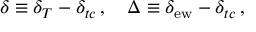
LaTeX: \delta \equiv \delta _ { T } - \delta _ { t c } \, , \quad \Delta \equiv \delta _ { \mathrm { e w } } - \delta _ { t c } \, ,